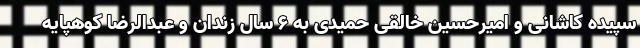
سپیده کاشانی و امیرحسین خالقی حمیدی به ۶ سال زندان و عبدالرضا کوهپایه